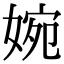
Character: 婉